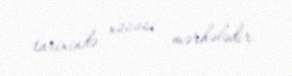
tarixində xüsusi mərhələdir.